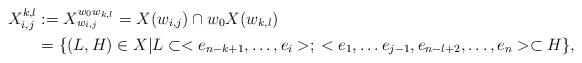
LaTeX: \begin{align*} X_{i,j}^{k,l} &:= X_{w_{i,j}}^{w_0 w_{k,l}} = X(w_{i,j}) \cap w_0 X(w_{k,l}) \\&=\{ (L,H) \in X | L \subset <e_{n-k+1}, \dots , e_i>; \: <e_1, \dots e_{j-1},e_{n-l+2}, \dots , e_n> \subset H \},\end{align*}